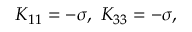
K _ { 1 1 } = - \sigma , \ K _ { 3 3 } = - \sigma ,